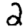
Digit: 2